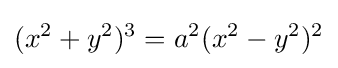
(x^{2}+y^{2})^{3}=a^{2}(x^{2}-y^{2})^{2}